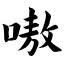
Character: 嗷